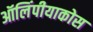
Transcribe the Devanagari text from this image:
ऑलिंपीयाकोस